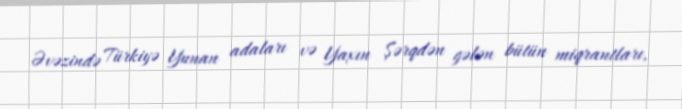
Əvəzində Türkiyə Yunan adaları və Yaxın Şərqdən gələn bütün miqrantları,